Leaving Certificate Examination, 1904
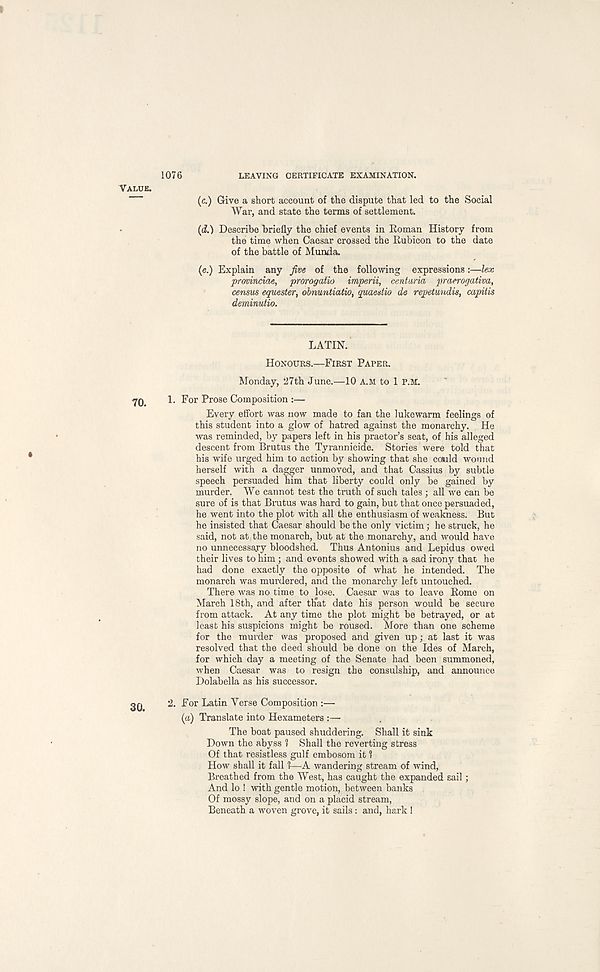
1076
LEAVING CERTIFICATE EXAMINATION.
VALUE.
(c.) Give a short account of the dispute that led to the Social
War, and state the terms of settlement.
(d.) Describe briefly the chief events in Roman History from
the time when Caesar crossed the Rubicon to the date
of the battle of Munda.
(e.) Explain any Jive of the following expressions:—lex
provinciae, prorogatio imperii, centuria praerogativa,
census equester, obnuntiatio, quaestio de repetundis, capitis
deminutio.
LATIN.
HONOURS.—FIRST PAPER.
Monday, 27th June.—lO A.M to 1 P.M.
1. For Prose Composition :—
Every effort was now made to fan the lukewarm feelings of
this student into a glow of hatred against the monarchy. He
was reminded, by papers left in his praetor’s seat, of his alleged
descent from Brutus the Tyrannicide. Stories were told that
his wife urged him to action by showing that she could wound
herself with a dagger unmoved, and that Cassius by subtle
speech persuaded him that liberty could only be gained by
murder. We cannot test the truth of such tales; all we can be
sure of is that Brutus was hard to gain, but that once persuaded,
he went into the plot with all the enthusiasm of weakness. But
he insisted that Caesar should be the only victim; he struck, he
said, not at the monarch, but at the monarchy, and would have
no unnecessary bloodshed. Thus Antonius and Lepidus owed
their lives to him; and events showed with a sad irony that he
had done exactly the opposite of what he intended. The
monarch was murdered, and the monarchy left untouched.
There was no time to lose. Caesar was to leave Rome on
March 18th, and after th'at date his person would be secure
from attack. At any time the plot might be betrayed, or at
least his suspicions might be roused. More than one scheme
for the murder was proposed and given up; at last it was
resolved that the deed should be done on the Ides of March,
for which day a meeting of the Senate had been summoned,
when Caesar was to resign the consulship, and announce
Dolabella as his successor.
2. For Latin Verse Composition :—
(a) Translate into Hexameters :—
The boat paused shuddering. Shall it sink
Down the abyss I Shall the reverting stress
Of that resistless gulf embosom it 1
How shall it fall I—A wandering stream of wind,
Breathed from the West, has caught the expanded sail ;
And lo ! with gentle motion, between banks
Of mossy slope, and on a placid stream,
Beneath a woven grove, it sails: and, hark !